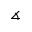
\measuredangle